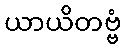
ယာယိတဗ္ဗံ